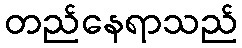
တည်နေရာသည်